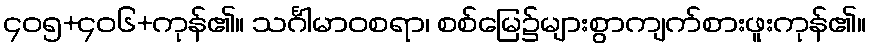
၄၀၅+၄၀၆+ကုန်၏။ သင်္ဂါမာဝစရာ၊ စစ်မြေ၌များစွာကျက်စားဖူးကုန်၏။